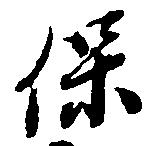
保